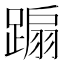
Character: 𨃩